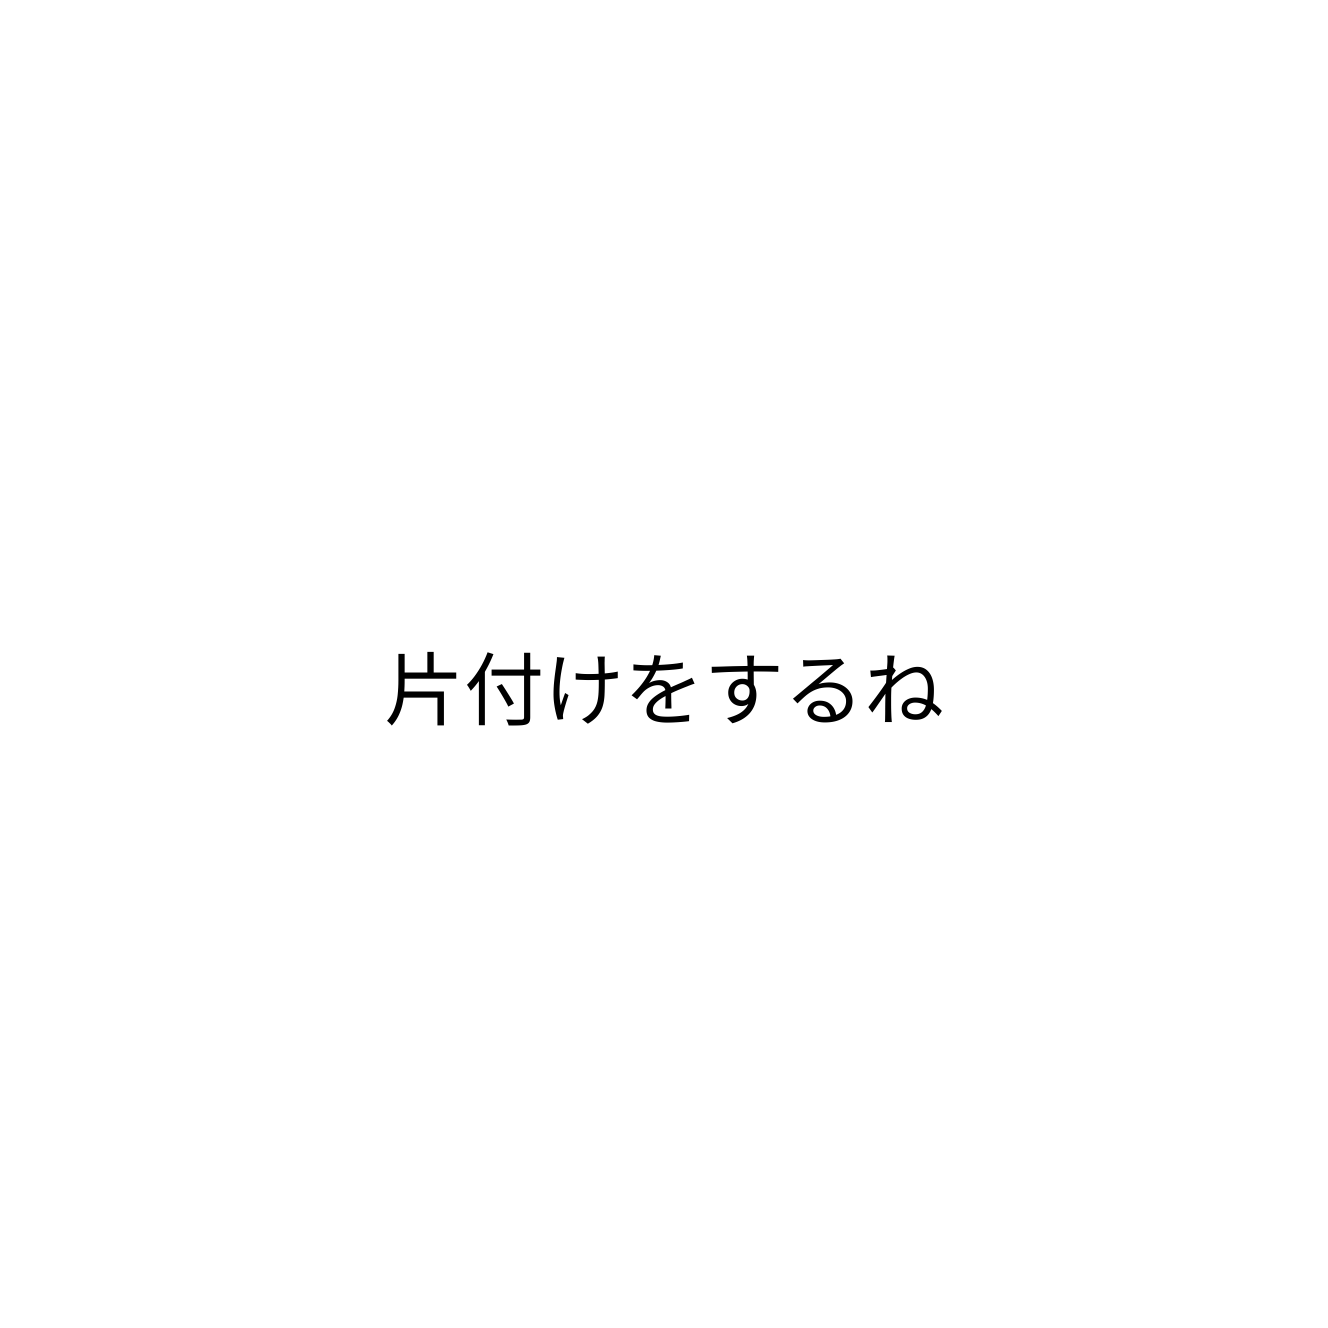
片付けをするね